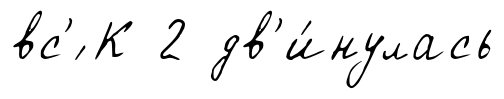
вс'́ К 2 дв'и́нулась